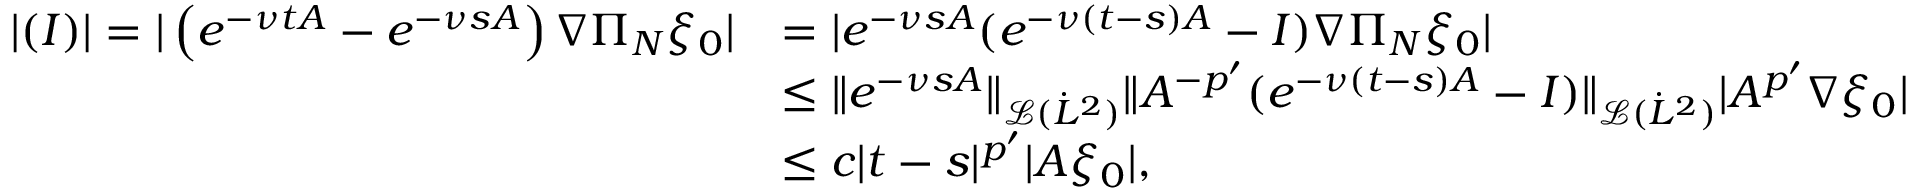
\begin{array} { r l } { | ( I ) | = | \left( e ^ { - \nu t A } - e ^ { - \nu s A } \right) \nabla \Pi _ { N } \xi _ { 0 } | } & { = | e ^ { - \nu s A } ( e ^ { - \nu ( t - s ) A } - I ) \nabla \Pi _ { N } \xi _ { 0 } | } \\ & { \leq \| e ^ { - \nu s A } \| _ { \mathcal { L } ( \dot { L } ^ { 2 } ) } \| A ^ { - { p ^ { \prime } } } ( e ^ { - \nu ( t - s ) A } - I ) \| _ { \mathcal { L } ( \dot { L } ^ { 2 } ) } | A ^ { p ^ { \prime } } \nabla \xi _ { 0 } | } \\ & { \leq c | t - s | ^ { { p ^ { \prime } } } | A \xi _ { 0 } | , } \end{array}